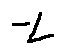
- L